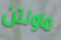
ماونتن